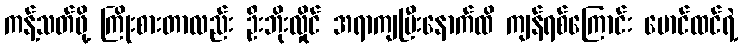
ကန့်သတ်ဖို့ ကြိုးစားတာလည်း ဦးဘိုးလှိုင် အရာကျပြီးနောက်ထိ ကျန်ရစ်ကြောင်း မောင်ထင်ရဲ့